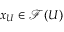
x _ { U } \in { \mathcal { F } } ( U )